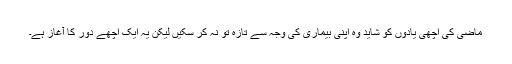
ماضی کی اچھی یادوں کو شاید وہ اپنی بیماری کی وجہ سے تازہ تو نہ کر سکیں لیکن یہ ایک اچھے دور کا آغاز ہے۔